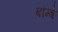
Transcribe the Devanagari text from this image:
बॉम्‍बे